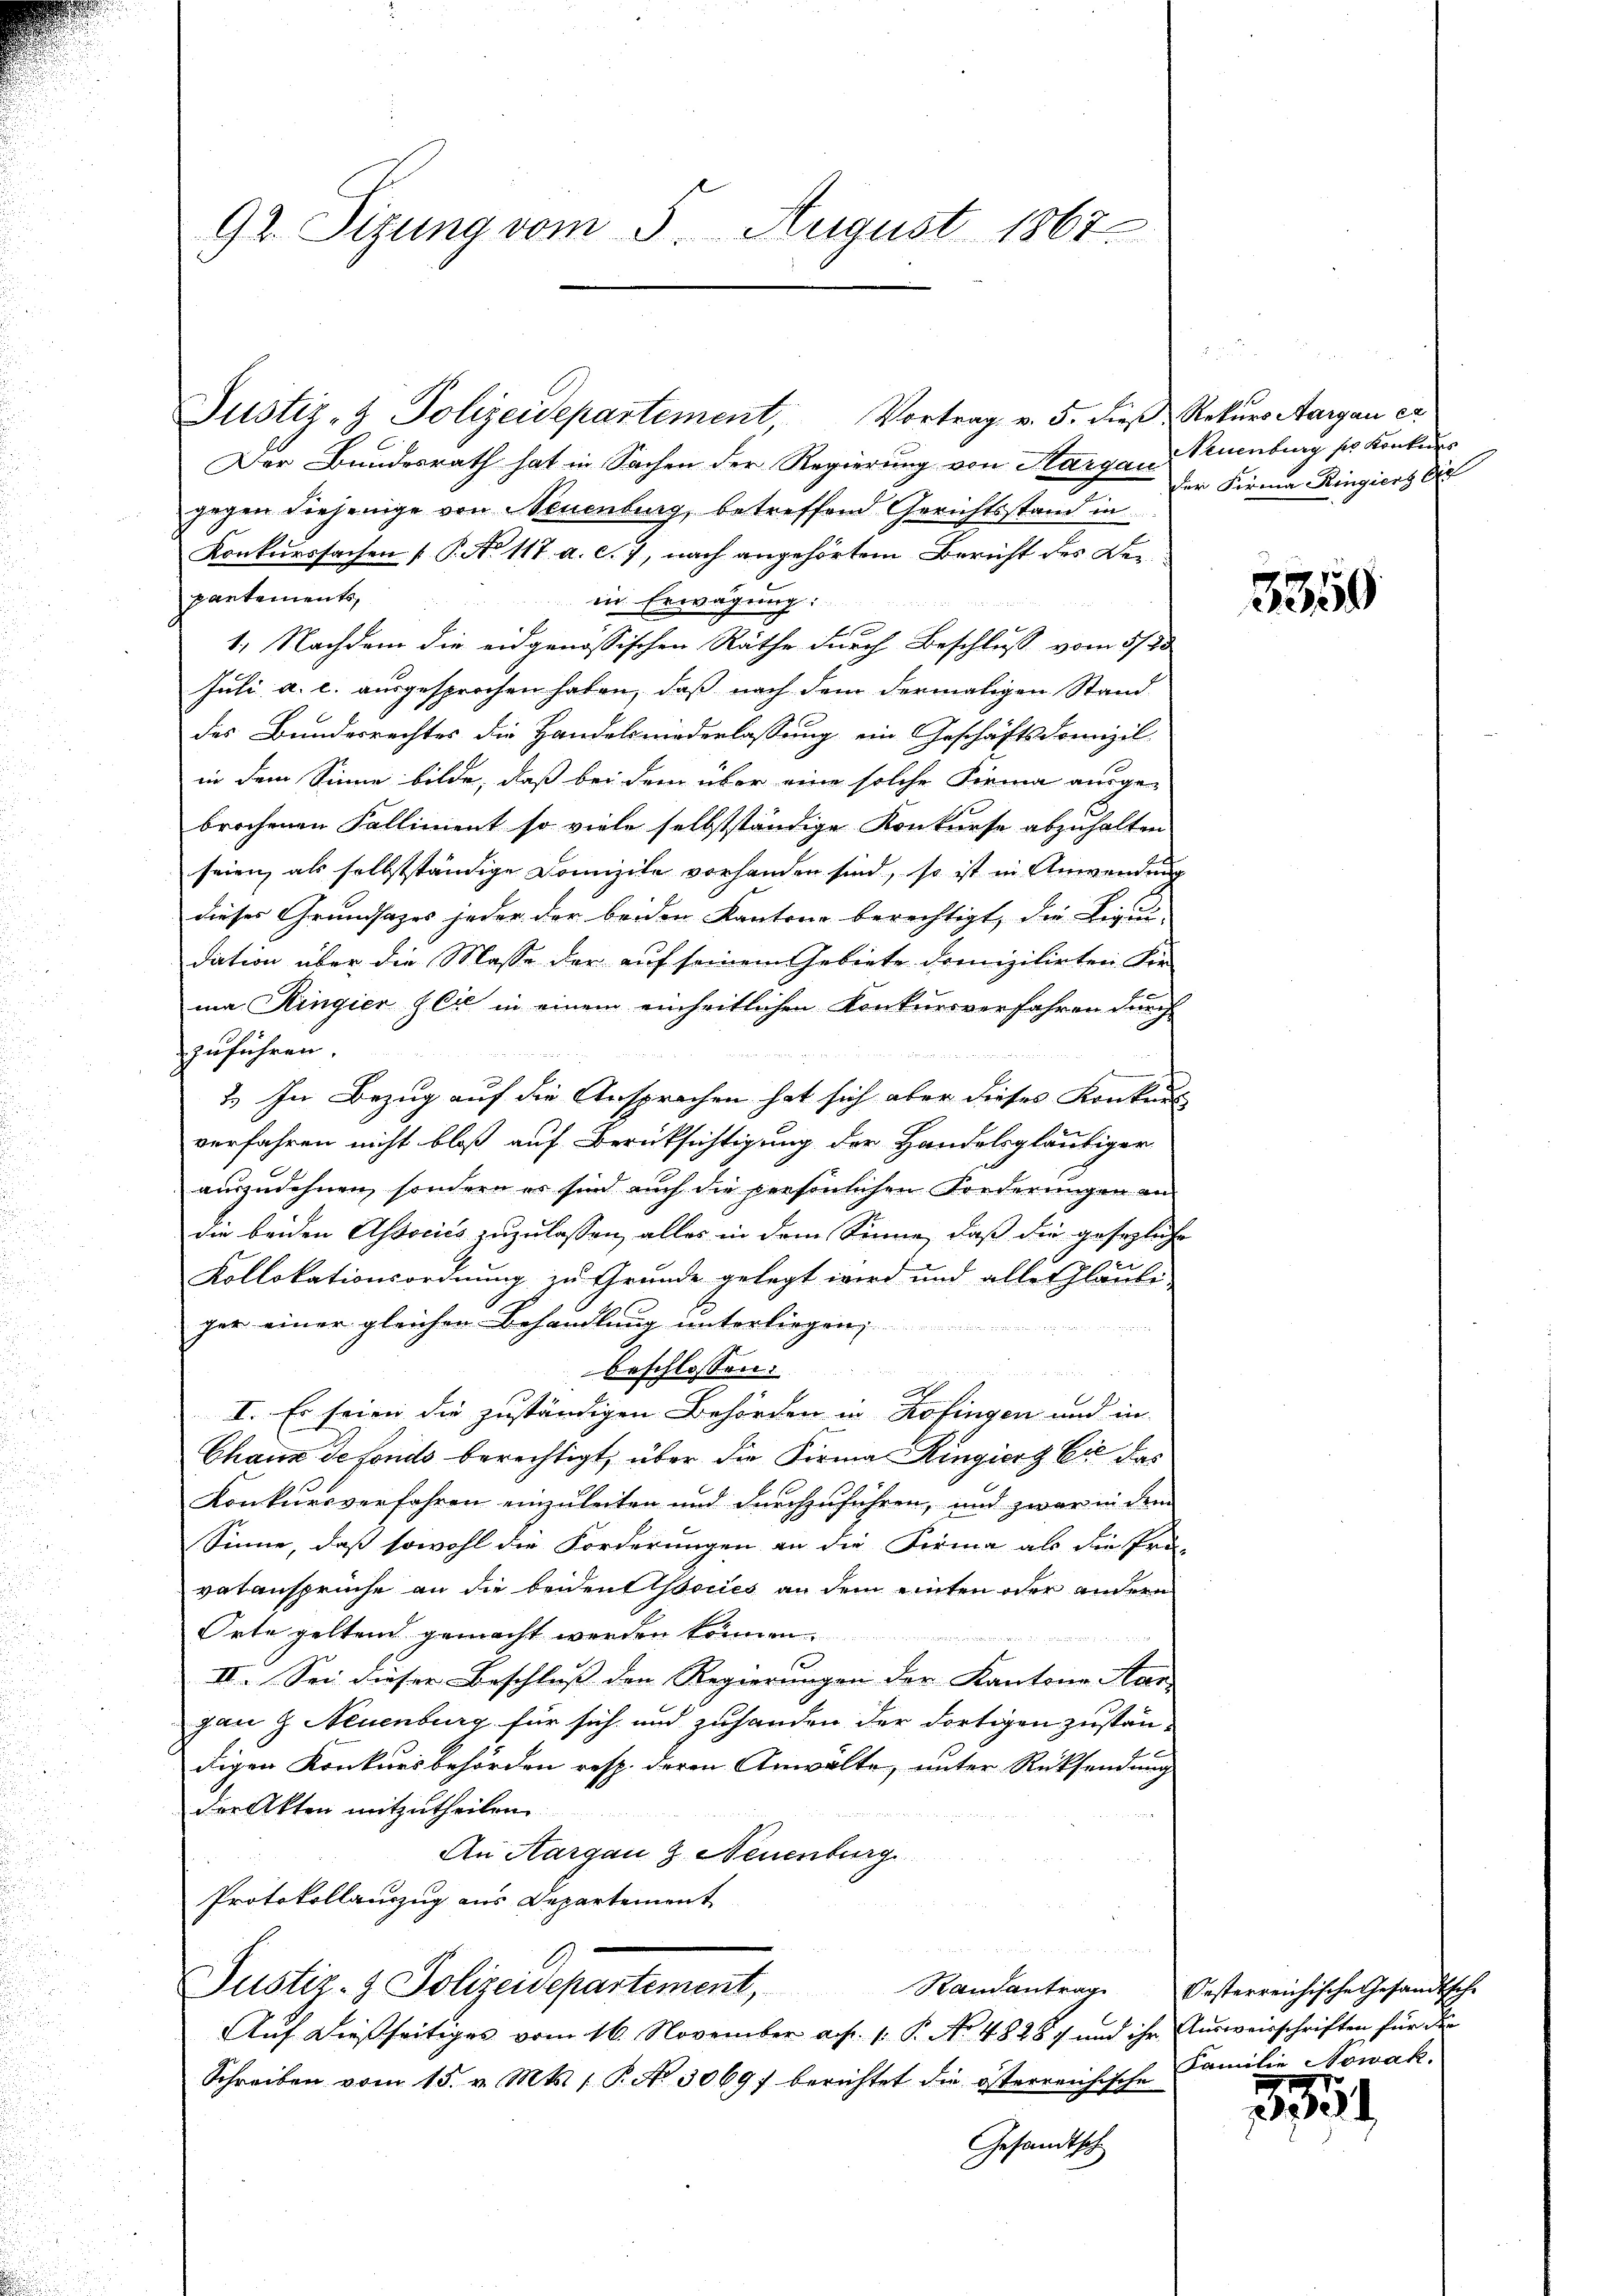
92. Sizung vom 5. August 1867

Justiz- & Polizeidepartement, Vortrag v. 5. dieß Rekurs Aargau er

Der Bundesrath hat in Sachen der Regierung von Aargau
gegen diejenige von Neuenburg, betreffend Gerichtsstand in
Konkurssachen [P. No 117. a. c. 7, nach angehörtem Bericht des Verpartements,
in Erwägung:
x
1. Nachdem die eidgenössischen Räthe durch Beschluss vom 5/85
Juli a. c. ausgesprochen haben, daß nach dem dormaligen Stand
des Bundesrechtes die Handelsniederlassung ein Geschäftsdomizil
in dem Sinne bilde, daß bei dem über eine solche Firma ausgebrochenen Falliment so viele selbstständige Konkurse abzuhalten
seien, als selbstständige Domizile vorhanden sind, so ist in Anwendung
dieses Grundsazes jeder der beiden Kantons berechtigt, die Liqui-
dation über die Masse der auf seinem Gebiete domizilirten Fir-
ma Ringier & Cie in einem einheitlichen Konkursverfahren durch
zuführen.

2.) In Bezug auf die Ansprachen hat sich aber dieses Konkurs
verfahren nicht bloß auf Berücksichtigung der Handelsgläubiger
auszudehnen, sondern es sind auch die persönlichen Forderungen an
die beiden Associes zuzulassen, alles in dem Sinne, daß die gesezliche
Kollokationsordnung zu Grunde gelegt wird und alles Glaube-
ger einer gleichen Behandlung unterliegen

beschlossen:
gn in der
.
I. Es seien die zuständigen Behörden in Kofingen und in
Chaux de fonds berechtigt, über die Firma Ringiert Cie das
Konkursverfahren einzuleiten und durchzuführen, und zwar in dem
Sinne, daß sowohl die Forderungen an die Firma als die Pro-
vatansprüche an die beiden socies an dem einten oder andern
Orte geltend gemacht werden können.

s
II. Sei dieser Beschluss den Regierungen der Kantone Man
gan & Neuenburg für sich und zuhanden der dortigen zuständigen Konkursbehörden resp. deren Anwälte, unter Rücksendung
der Akten mitzutheilen.

An Aargau 2. Neuenburg
Protokollauszug aus Departement
u
Justiz- & Polizeidepartement, Randantrag Oesterreichische Gesandtsche
Auf dießseitiges vom 16. November ad 1. P. No 48287 und ihr Ausweisschriften für die
Schreiben vom 15. v. Mts. 1 P. No. 3069) berichtet die österreichische
Gesandtsch

Neuenburg per Konkurs
der Firma Ringiers Eid

3359

Familie Nowak.

354